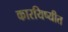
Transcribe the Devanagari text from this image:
कारयिष्यीत